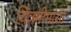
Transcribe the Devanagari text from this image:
चित्रमीमांसा